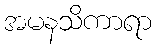
အမနသိကာရာ